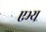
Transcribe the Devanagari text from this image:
एभ्य